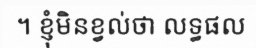
។ ខ្ញុំមិនខ្វល់ថា លទ្ធផល